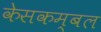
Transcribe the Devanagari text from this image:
केसकम्बल